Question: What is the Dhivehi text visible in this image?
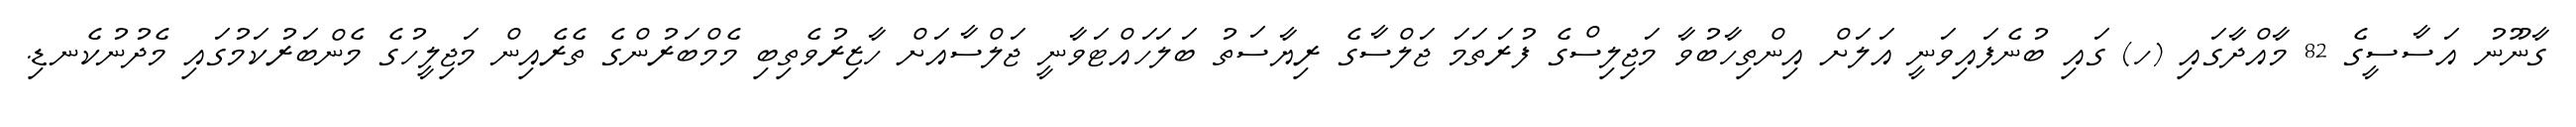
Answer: ގާނޫނު އަސާސީގެ 82 މާއްދާގައި (ހ) ގައި ބުނެފައިވަނީ އަލަށް އިންތިހާބުވާ މަޖިލިސްގެ ފުރަތަމަ ޖަލްސާގެ ރިޔާސަތު ބަލަހައްޓަވާނީ ޖަލްސާއަށް ހާޒިރުވެތިބި މެމްބަރުންގެ ތެރެއިން މަޖިލީހުގެ މެންބަރުކަމުގައި މެދުނުކެނޑި.